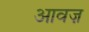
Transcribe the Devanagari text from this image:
आवज़